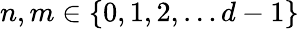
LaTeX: n,m\in\{ 0,1,2,\ldots d-1\}